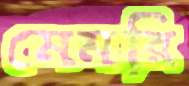
মেমরি